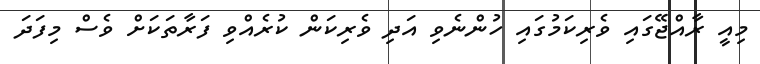
މިއީ ރާއްޖޭގައި ވެރިކަމުގައި ހުންނެވި އަދި ވެރިކަން ކުރެއްވި ފަރާތަކަށް ވެސް މިފަދަ